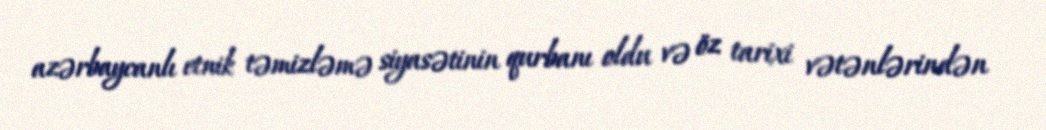
azərbaycanlı etnik təmizləmə siyasətinin qurbanı oldu və öz tarixi vətənlərindən